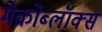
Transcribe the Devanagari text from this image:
मेक्रोब्लॉक्स